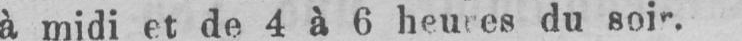
à midi et de 4 à 6 heures du soir.